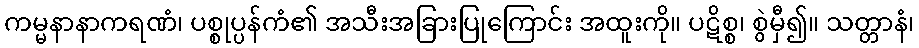
ကမ္မနာနာကရဏံ၊ ပစ္စုပ္ပန်ကံ၏ အသီးအခြားပြုကြောင်း အထူးကို။ ပဋိစ္စ၊ စွဲမှီ၍။ သတ္တာနံ၊